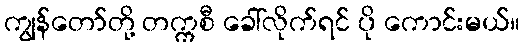
ကျွန်တော်တို့ တက္ကစီ ခေါ်လိုက်ရင် ပို ကောင်းမယ်။